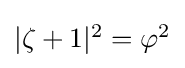
\textstyle |\zeta +1|{}^{2}=\textstyle \varphi ^{2}